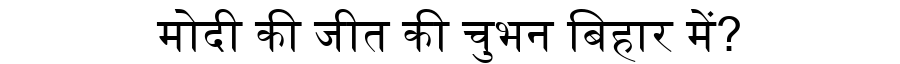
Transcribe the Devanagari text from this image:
मोदी की जीत की चुभन बिहार में?